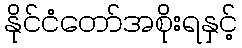
နိုင်ငံတော်အစိုးရနှင့်